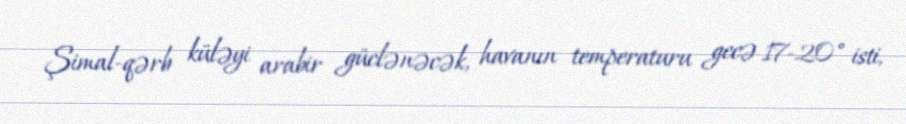
Şimal-qərb küləyi arabir güclənəcək, havanın temperaturu gecə 17-20° isti,